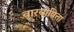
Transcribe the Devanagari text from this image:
वारयोषिता